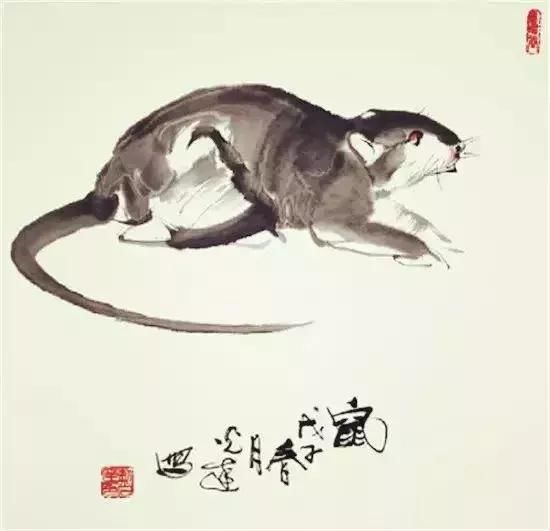
云边雁断胡天月，陇上羊归塞草烟。